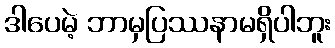
ဒါပေမဲ့ ဘာမှပြဿနာမရှိပါဘူး